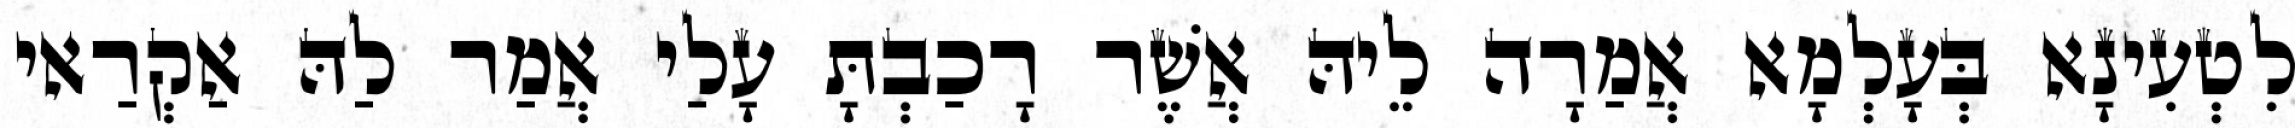
לִטְעִינָא בְּעָלְמָא אֲמַרָה לֵיהּ אֲשֶׁר רָכַבְתָּ עָלַי אֲמַר לַהּ אַקְרַאי